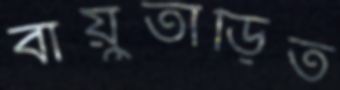
বায়ুতাড়িত